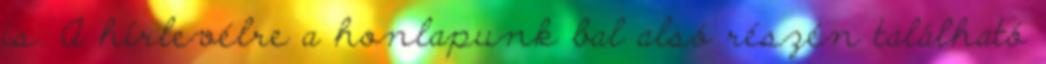
is. A hírlevélre a honlapunk bal alsó részén található